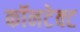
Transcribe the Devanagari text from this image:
कॉनटेक्ट